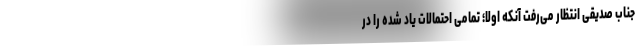
جناب صدیقی انتظار می‌رفت آنکه اولاً؛ تمامی احتمالات یاد شده را در